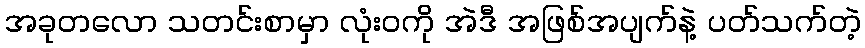
အခုတလော သတင်းစာမှာ လုံးဝကို အဲဒီ အဖြစ်အပျက်နဲ့ ပတ်သက်တဲ့